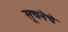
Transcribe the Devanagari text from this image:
सूचनेचे